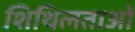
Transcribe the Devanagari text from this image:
शिथिलताओं